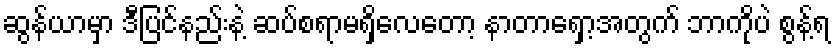
ဆွန်ယာမှာ ဒီပြင်နည်းနဲ့ ဆပ်စရာမရှိလေတော့ နာတာရှော့အတွက် ဘာကိုပဲ စွန့်ရ